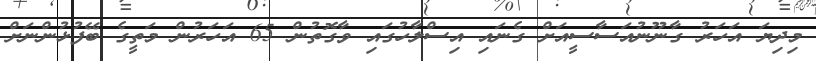
މިދިޔަ އަހަރު ގާނޫނުއަސާސީއަށް ގެނައި އިސްލާހުގައި ވާގޮތުން 65 އަހަރުން މަތީގެ ބޭފުޅުންނަށް